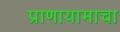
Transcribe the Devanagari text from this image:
प्राणायामाचा